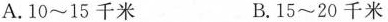
A.10~15千米 B.15~20千米